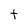
Character: t